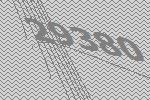
29380